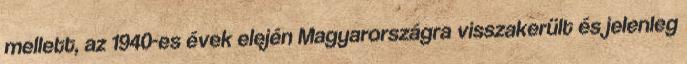
mellett, az 1940-es évek elején Magyarországra visszakerült és jelenleg